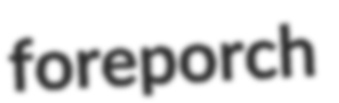
foreporch